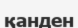
қанден